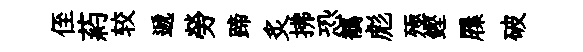
侄葯较遞勞蹄炙拂恐鶺彪殛鏗屧破